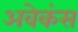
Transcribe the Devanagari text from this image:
अवेकंस